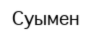
Суымен